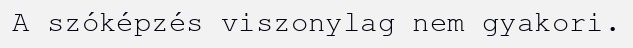
A szóképzés viszonylag nem gyakori.